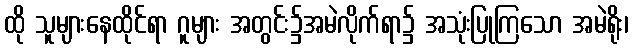
ထို သူများနေထိုင်ရာ ဂူများ အတွင်း၌အမဲလိုက်ရာ၌ အသုံးပြုကြသော အမဲရိုး၊